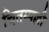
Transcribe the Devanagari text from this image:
चितम्पल्ली